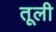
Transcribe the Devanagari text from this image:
तूली